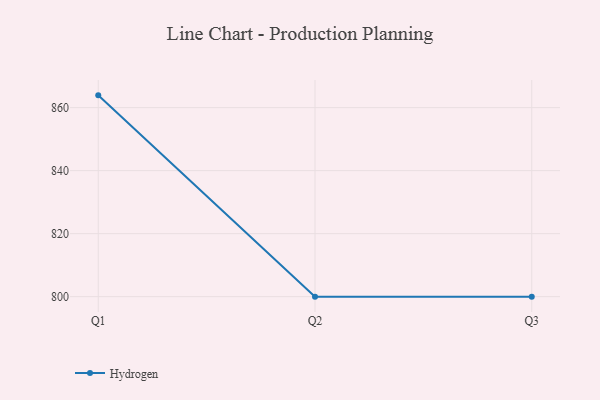
{"axis": {"x": "Quarter", "y": "Revenue (USD Million)"}, "legend": ["Hydrogen"], "data": [{"x": "Q1", "y": 863.9, "type": "Hydrogen"}, {"x": "Q2", "y": 800, "type": "Hydrogen"}, {"x": "Q3", "y": 800, "type": "Hydrogen"}]}